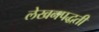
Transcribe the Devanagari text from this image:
लेखनपद्धती